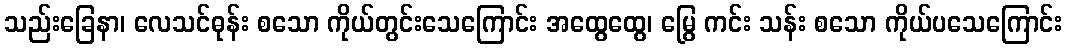
သည်းခြေနာ၊ လေသင်ဓုန်း စသော ကိုယ်တွင်းသေကြောင်း အထွေထွေ၊ မြွေ ကင်း သန်း စသော ကိုယ်ပသေကြောင်း